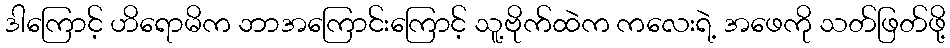
ဒါကြောင့် ဟိရောမိက ဘာအကြောင်းကြောင့် သူ့ဗိုက်ထဲက ကလေးရဲ့ အဖေကို သတ်ဖြတ်ဖို့